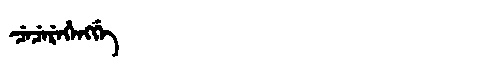
Manchu: ᠴᡝᠴᡝᡵᡝᡥᡝᠩᡤᡝ
Romanization: CECEREHENGGE